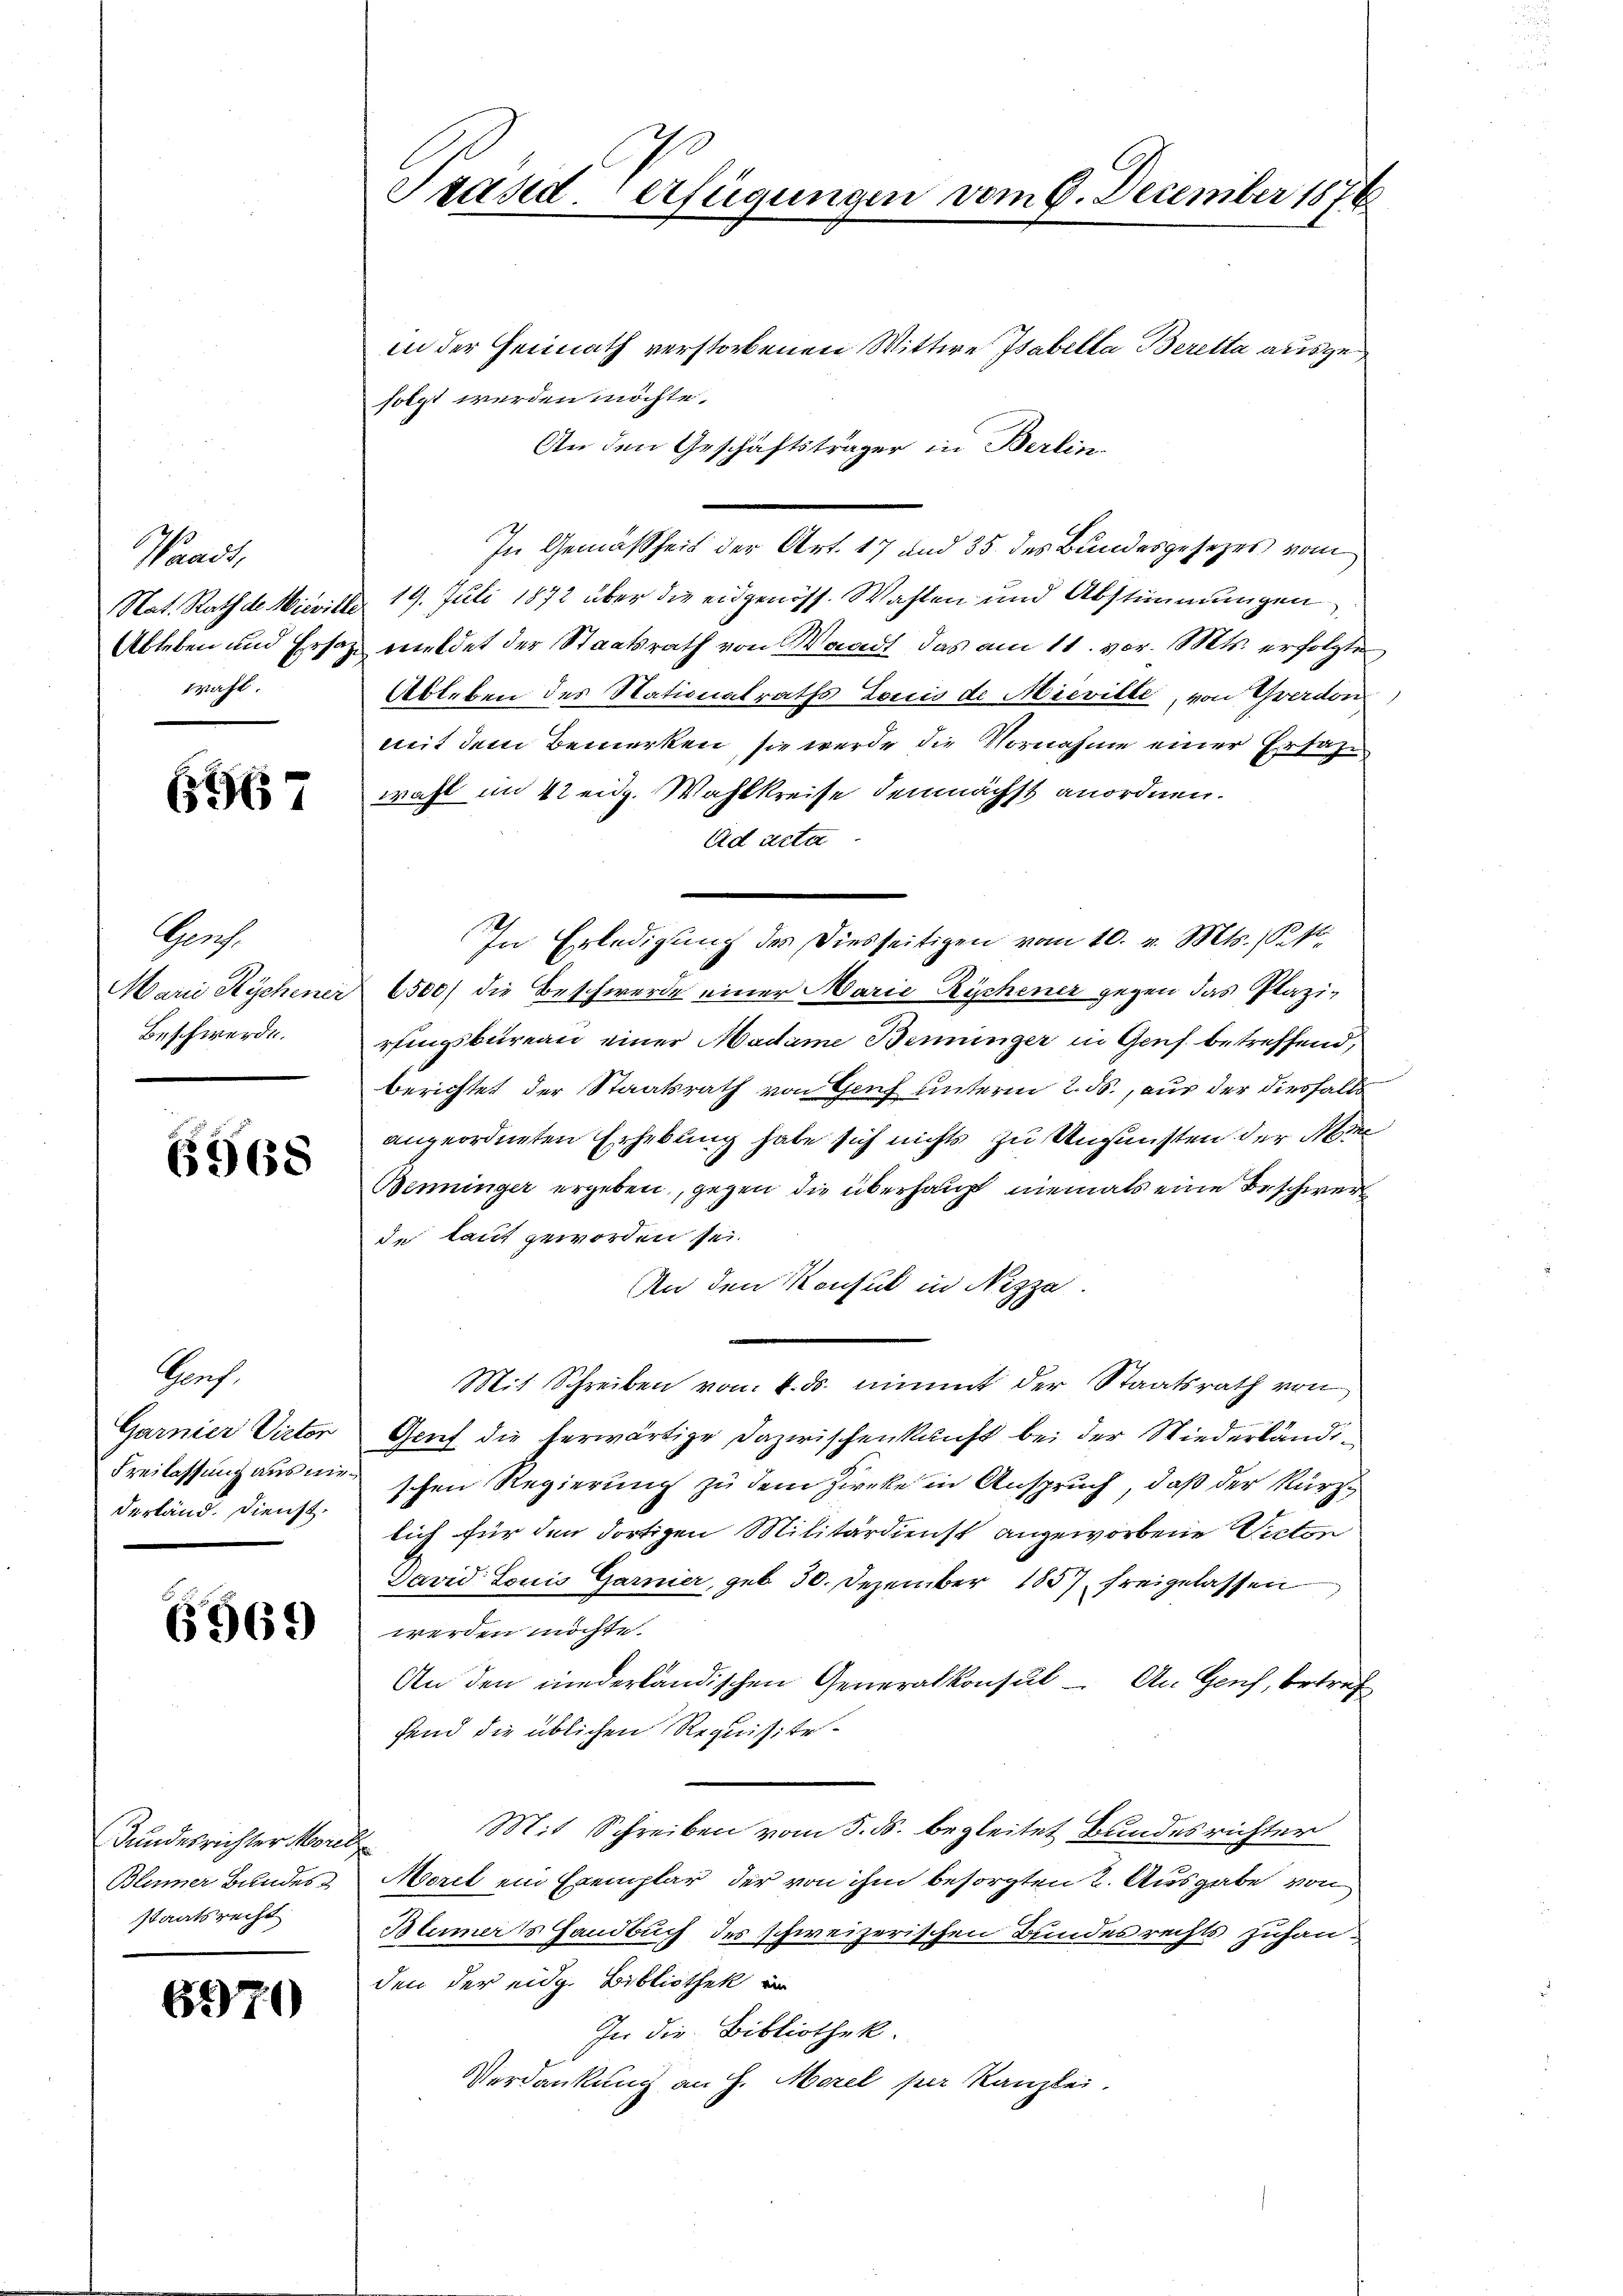
Waadt,
Nat. Rath de Wieville
Ableben und Ersatzwahl.

6967

Grof
Marie Rechener
Beschwerde.

6968

Prof.
Garnier Victor
Freilassung aus einderländ. Dienst.

6969

Bundesrichter Morel
Blümer Bundes
staatsrecht.

6270

Präsid. erfügungen vom 9. December 1876

in der Heimath verstorbenen Wittwe Isabella Beretta ausgefolgt werden möchte.
An den Geschäftsträger in Berlin.
In Gemäßheit der Art. 17 und 35 des Bundesgesetzes vom
19. Juli 1872 über die eidgenöss. Wahlen und Abstimmungen
mildet der Staatsrath von Waadt, das am 11. vor. Mts. erfolgten
Ableben des Nationalraths Louis de Mieville, von Yverdon
mit dem Bemerken, sie werde die Vornahme einer Erfahwahl im Kleidg. Wahlkreise demnächst anordnen.
Ad acta
6500) die Beschwerde einer Marie Küchener gegen das Plazirfingsbureau einer Madame Beminger in Genf betreffend,
berichtet der Staatsrath von Genf unterm 2. ds., aus der diesfalls
angeordneten Erhebung habe sich nichts zu Ungünsten der Mi
Benninger ergeben, gegen die überhaupt niemals eine Beschwerde laut geworden sei.
An den Konsul in Nizza
Mit Schreiben von 4. ds. nimmt der Staatsrath von
Gauf die terwärtige Dazwischenkunft bei der Wiederländischen Regierung zu dem Zwecke in Anspruch, daß der Kürzlich für den dortigen Militärdienst angeworbene Victon
David Louis Garnier, geb. 30. Dezember 1857 freigelassen
werden möchte.
An den niederländischen Generalkonsul - An Genf, betref
fend die üblichen Requisite
Mit Schreiben vom 5. ds. begleitet Bundesrichter
Morel ein Exemplar der von ihm besorgten 2. Ausgabe von
Blumer's Handbuch des schweizerischen Bundesrechts zuhauden der eidg. Bibliothek in
In die Bibliothek.
Verdankung an H. Morel per Kanzlei.

In Erledigung des Diesseitigen vom 10. v. Mts. Sek¬